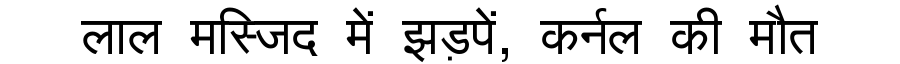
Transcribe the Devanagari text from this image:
लाल मस्जिद में झड़पें, कर्नल की मौत